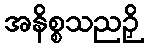
အနိစ္စသညဉှိ